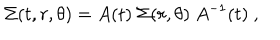
\Sigma ( t , r , \theta ) = A ( t ) \ \Sigma ( r , \theta ) \ A ^ { - 1 } ( t ) \ ,